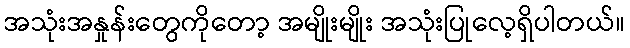
အသုံးအနှုန်းတွေကိုတော့ အမျိုးမျိုး အသုံးပြုလေ့ရှိပါတယ်။